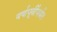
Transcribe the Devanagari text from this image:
वर्षापूर्वीपर्यंत